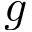
g